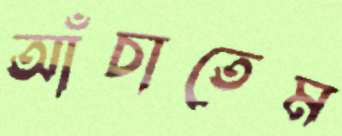
আঁচাতেম